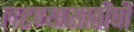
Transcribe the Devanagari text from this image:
लढण्यासाठीची